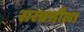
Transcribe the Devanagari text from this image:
सरबत्तीला